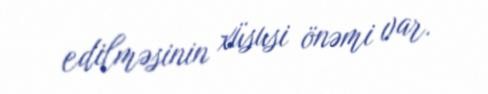
edilməsinin xüsusi önəmi var.